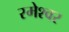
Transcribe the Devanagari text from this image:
रमेश्वर